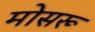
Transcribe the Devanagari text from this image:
मोसरू